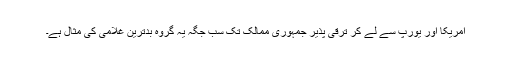
امریکا اور یورپ سے لے کر ترقی پذیر جمہوری ممالک تک سب جگہ یہ گروہ بدترین غلامی کی مثال ہے۔